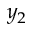
y _ { 2 }